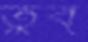
তুব্